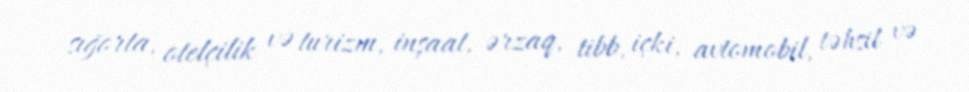
sığorta, otelçilik və turizm, inşaat, ərzaq, tibb, içki, avtomobil, təhsil və